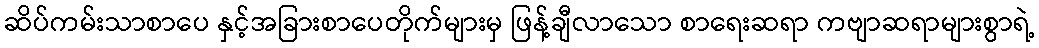
ဆိပ်ကမ်းသာစာပေ နှင့်အခြားစာပေတိုက်များမှ ဖြန့်ချီလာသော စာရေးဆရာ ကဗျာဆရာများစွာရဲ့